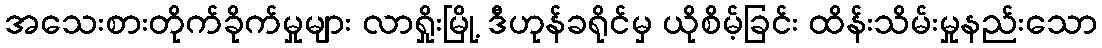
အသေးစားတိုက်ခိုက်မှုများ လာရှိုးမြို့ ဒီဟုန်ခရိုင်မှ ယိုစိမ့်ခြင်း ထိန်းသိမ်းမှုနည်းသော